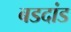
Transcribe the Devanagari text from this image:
बडदांड